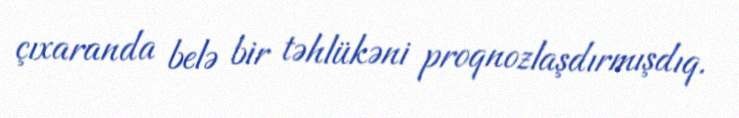
çıxaranda belə bir təhlükəni proqnozlaşdırmışdıq.